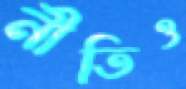
নীতিও